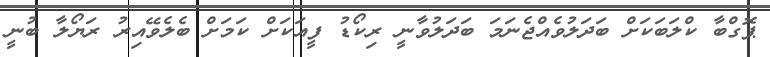
ޕޮގްބާ ކްލަބަކަށް ބަދަލުވެއްޖެނަމަ ބަދަލުވާނީ ރިކޯޑު ފީއަކަށް ކަމަށް ބެލެވޭއިރު ރަޔޯލާ ބުނީ